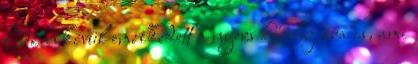
Ezen kívül emelkedett a nyers kőolaj ára is, ami